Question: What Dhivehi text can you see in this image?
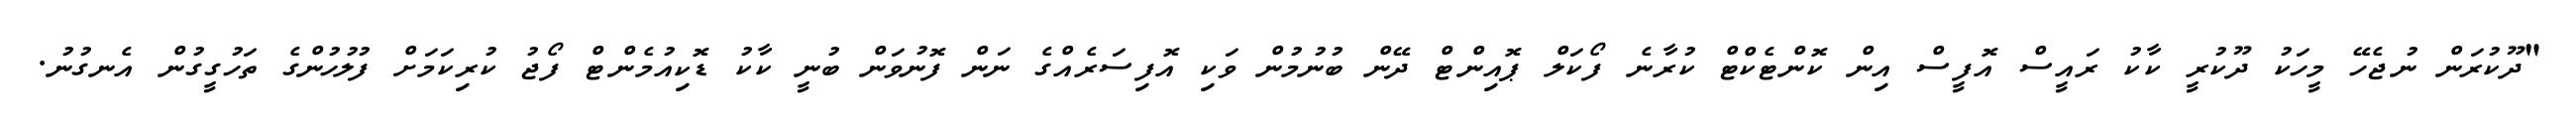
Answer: "ދޫކުރަން ނުޖެހޭ މީހަކު ދޫކުރީ ކާކު ރައީސް އޮފީސް އިން ކޮންޓެކްޓް ކުރާނެ ފޯކަލް ޕޮއިންޓް ދޭން ބުނުމުން ވަކި އޮފިސަރެއްގެ ނަން ފޮނުވަން ބުނީ ކާކު ޑޮކިއުމެންޓް ފޯޖު ކުރިކަމަށް ފުލުހުންގެ ތަހުގީގުން އެނގުނު.